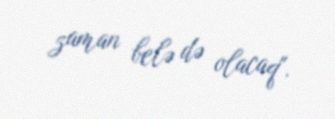
zaman belə də olacaq".